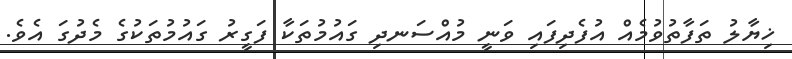
ޚިޔާލު ތަފާތުވުމެއް އުފެދިފައި ވަނީ މުއްސަނދި ގައުމުތަކާ ފަގީރު ގައުމުތަކުގެ މެދުގަ އެވެ.